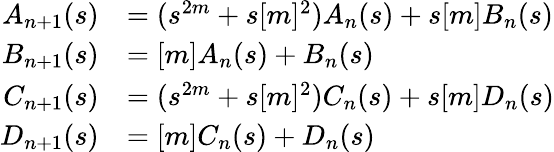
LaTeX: \begin{array}{rl}{A_{n+1}(s)}&{=(s^{2m}+s[m]^{2})A_{n}(s)+s[m]B_{n}(s)}\\ {B_{n+1}(s)}&{=[m]A_{n}(s)+B_{n}(s)}\\ {C_{n+1}(s)}&{=(s^{2m}+s[m]^{2})C_{n}(s)+s[m]D_{n}(s)}\\ {D_{n+1}(s)}&{=[m]C_{n}(s)+D_{n}(s)}\end{array}